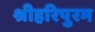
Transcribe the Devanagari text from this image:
श्रीहरिपुरम